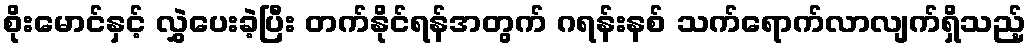
စိုးမောင်နှင့် လွှဲပေးခဲ့ပြီး တက်နိုင်ရန်အတွက် ဂရန်းနစ် သက်ရောက်လာလျက်ရှိသည့်